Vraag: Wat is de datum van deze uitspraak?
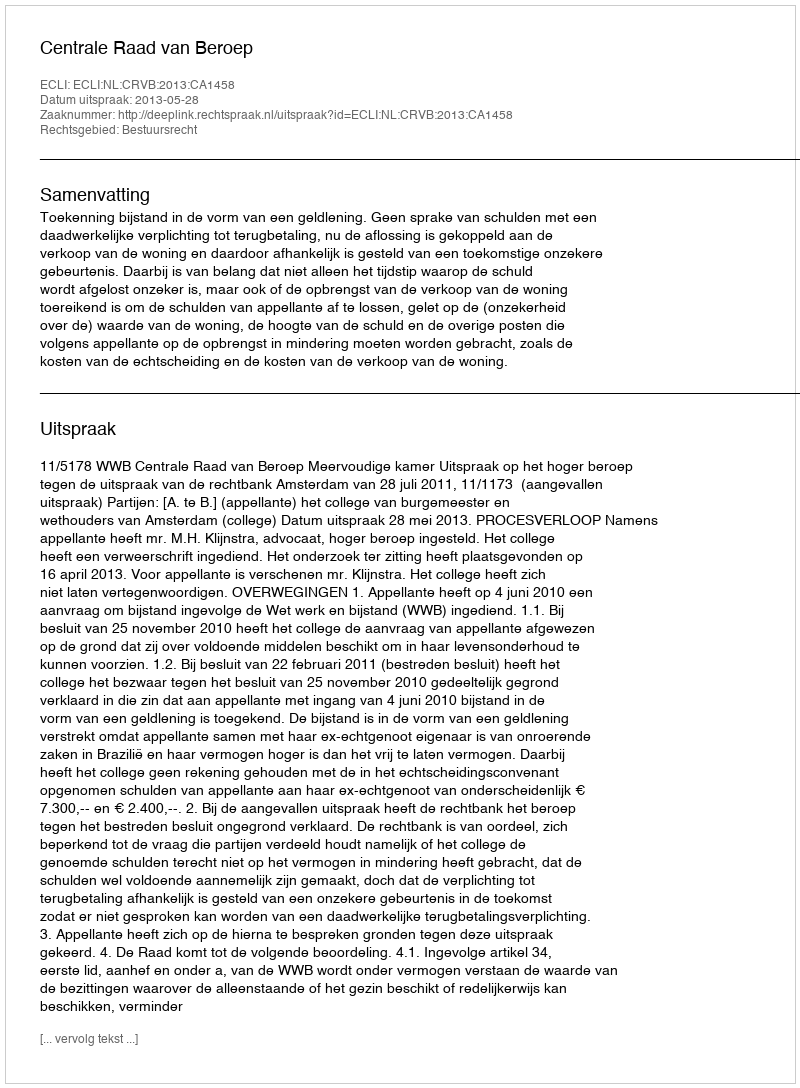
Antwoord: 2013-05-28